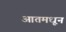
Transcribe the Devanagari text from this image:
आतमधून